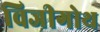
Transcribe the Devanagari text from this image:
विजीगोथ